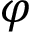
\varphi